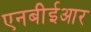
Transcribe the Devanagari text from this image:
एनबीईआर